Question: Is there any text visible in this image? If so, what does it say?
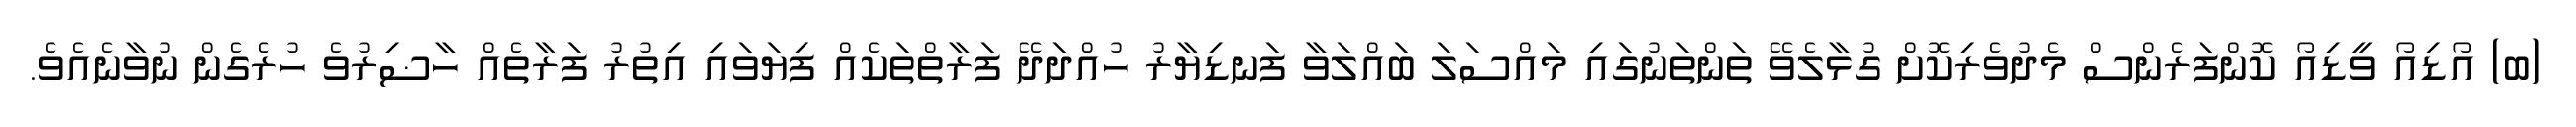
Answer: (ބ) އޯޑިއޯ ވީޑިއޯ ކޮންފަރެންސް މެދުވެރިކޮށް ގުޅާލެވޭ ތަންތަނުގައި މައްސަލަ ބައްލަވާ ފަނޑިޔާރު ހުއްދަދޭ ފަރާތްތަކެއް ފިޔަވައި އިތުރު ފަރާތެއް ހާޟިރުވެ ހުރެގެން ނުވާނެއެވެ.